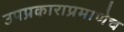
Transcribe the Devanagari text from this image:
उपप्रकाराप्रमाणेच